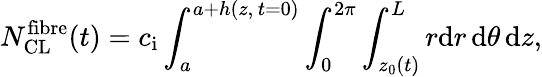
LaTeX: N_{\mathrm{CL}}^{\mathrm{fibre}}(t)=c_{\mathrm{i}}\int_{a}^{a+h(z,\, t=0)}\int_{0}^{2\pi}\int_{z_{0}(t)}^{L}r\mathrm{d}r\, \mathrm{d}\theta\, \mathrm{d}z,